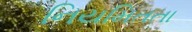
નિયમિતતા